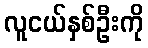
လူငယ်နှစ်ဦးကို